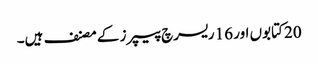
20 کتابوں اور 16 ریسرچ پیپرز کے مصنف ہیں۔